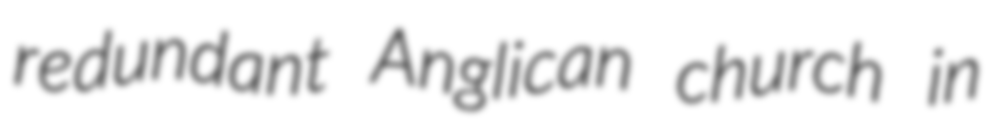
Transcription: redundant Anglican church in